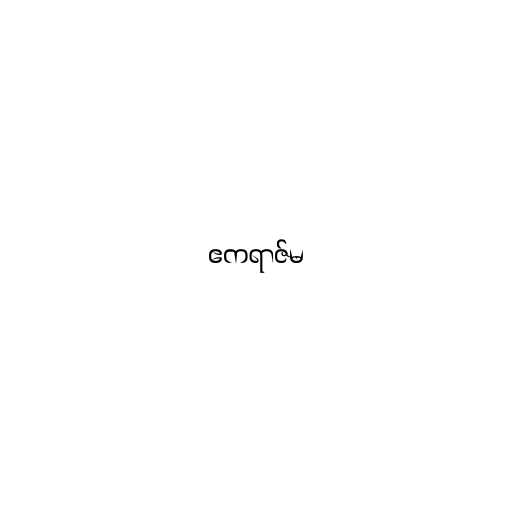
ဧကရာဇ်မ